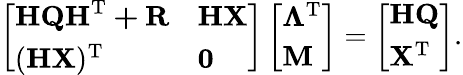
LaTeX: \left[\begin{array}{ll}{\mathbf{HQH^{\mathrm{T}}+R}}&{\mathbf{HX}}\\ {(\mathbf{HX})^{\mathrm{T}}}&{\mathbf{0}}\end{array}\right]\left[\begin{array}{l}{\boldsymbol{\Lambda}^{\mathrm{T}}}\\ {\mathbf{M}}\end{array}\right]=\left[\begin{array}{l}{\mathbf{HQ}}\\ {\mathbf{X}^{\mathrm{T}}}\end{array}\right].